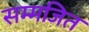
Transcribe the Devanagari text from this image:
सम्मजित